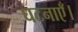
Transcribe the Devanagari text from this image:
घटनाएँ।